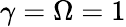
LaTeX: \gamma=\Omega=1